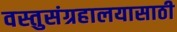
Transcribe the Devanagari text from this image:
वस्तुसंग्रहालयासाठी